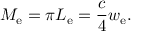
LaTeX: M _ { \mathrm { e } } = \pi L _ { \mathrm { e } } = { \frac { c } { 4 } } w _ { \mathrm { e } } .